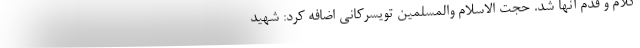
کلام و قدم آنها شد. حجت الاسلام والمسلمین تویسرکانی اضافه کرد: شهید